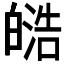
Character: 𭽟